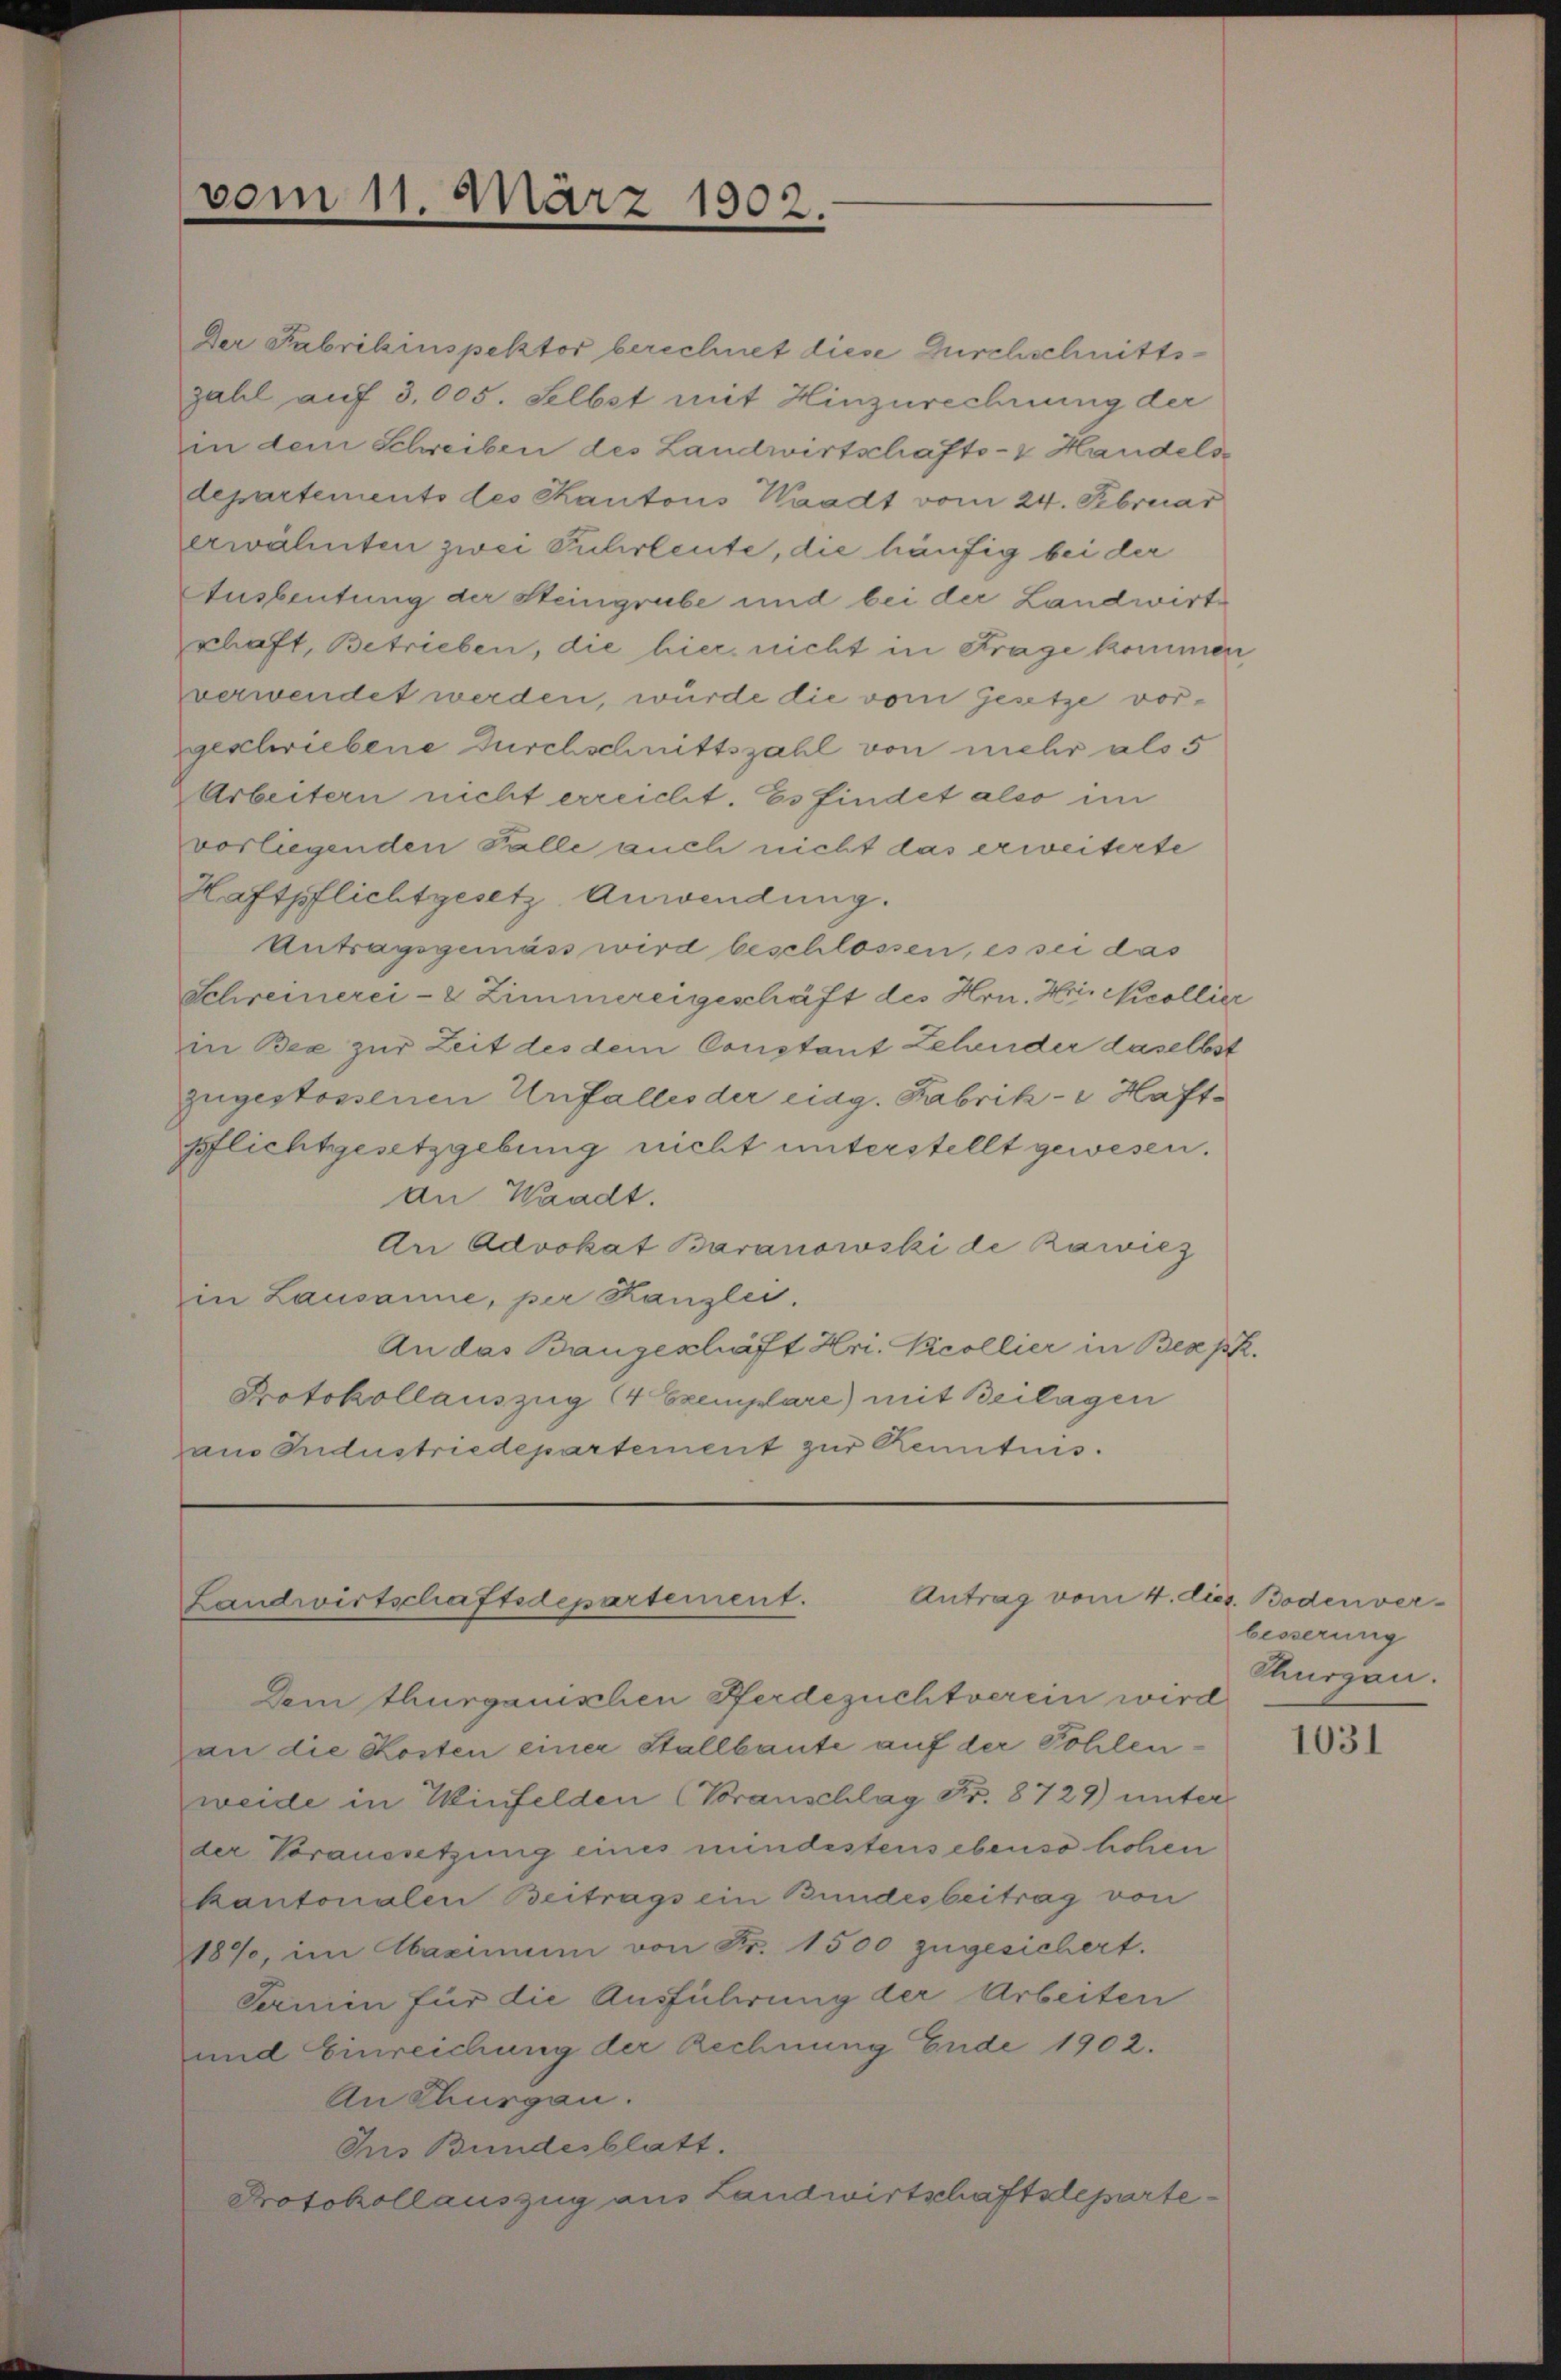
vom 11. März 1902.

Der Fabrikinspektor berechnet diese Durchschnittszahl auf 3,005. Selbst mit Hinzurechnung der
in dem Schreiben des Landwirtschafts- & Handels
departemento des Kantons Waadt vom 24. Februar
erwähnten zwei Fuhrleute, die häufig bei der
Ausbeutung der Steingrube und bei der Landwirtschaft, Betrieben, die hier nicht in Frage kommen,
verwendet werden, wurde die vom Gesetze vorgeschriebene Durchschnittszahl von mehr als 5
Arbeitern nicht erreicht. Es findet also im
vorliegenden Falle auch nicht das erweiterte
Haftpflichtgesetz Anwendung.
Antragsgemäss wird beschlossen, es sei das
Schreinerei- 2 Zimmereigeschäft des Hrn. Hri. Nicollier
in Bex zur Zeit des dem Constant Zehender daselbst
zugestossenen Unfalles der eidg. Fabrik- Haft-
pflichtgesetzgebung nicht unterstellt gewesen.
an Waadt.
An Advokat Baranowski de Rawiez
in Lausanne, per Kanzlei.
An das Bangeschäft Hri. Pcollier in Bex pp.
Protokollauszug (4 Exemplare) mit Beilagen
am Industriedepartement zur Kenntnis.

Antrag vom 4. dez. Bodenver¬
Landwirtschaftsdepartement.

Dem thurgauischen Herdezuchtverein wird
an die Kosten einer Stallbaute auf der Pohlenweide in Winfelden (Voranschlag Fr. 8729) unter
der Voraussetzung eines mindestens ebenso hohen
kantonalen Beitrags ein Bundesbeitrag von
187, im Maximum von Fr. 1500 zugesichert.
Sanen für die Ausführung der Arbeiten
und Einreichung der Rechnung Ende 1902.
An Thurgau.
Ins Bundesblatt.
Protokollauszug aus Landwirtschaftsleparte¬

besserung
Thurgau.

1031